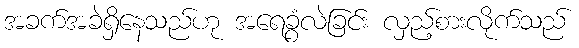
အခက်အခဲရှိနေသည်ဟု အရေခွံလဲခြင်း လှည့်စားလိုက်သည်